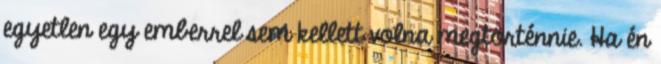
egyetlen egy emberrel sem kellett volna megtörténnie. Ha én